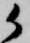
候